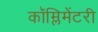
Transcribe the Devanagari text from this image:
कॉम्लिमेंटरी